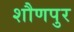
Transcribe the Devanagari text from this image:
शौणपुर